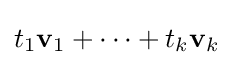
t_{1}\mathbf {v} _{1}+\cdots +t_{k}\mathbf {v} _{k}